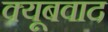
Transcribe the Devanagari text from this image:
क्यूबवाद